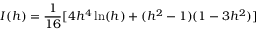
I ( h ) = \frac { 1 } { 1 6 } [ 4 h ^ { 4 } \ln ( h ) + ( h ^ { 2 } - 1 ) ( 1 - 3 h ^ { 2 } ) ]